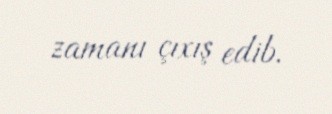
zamanı çıxış edib.